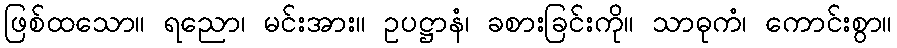
ဖြစ်ထသော။ ရညော၊ မင်းအား။ ဥပဋ္ဌာနံ၊ ခစားခြင်းကို။ သာဓုကံ၊ ကောင်းစွာ။